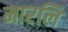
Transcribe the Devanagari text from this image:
मारलि